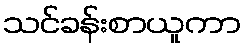
သင်ခန်းစာယူကာ